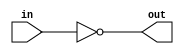
module notGate(out,in);
input in;
output out;
assign out=~in;
endmodule